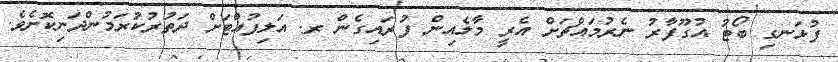
ފުޅަނގި ބޯޓު އުގޫފާރު ނެރުމައްޗަށް އެރީ މާލެއިން ފުރައިގެން ރ. އަލިފުއްޓަށް ދަތުރުކުރަމުންދަނިކޮށެވެ.